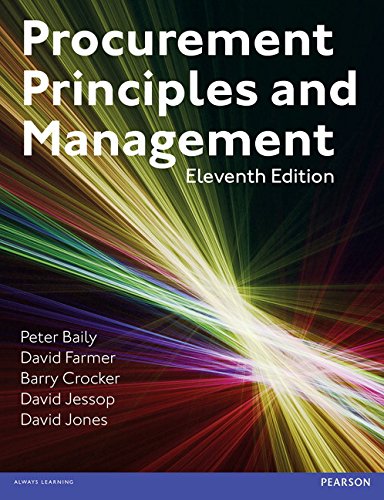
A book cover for Procurement, Principles & Management (11th Edition); Peter Baily; Business & Money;